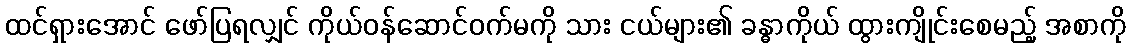
ထင်ရှားအောင် ဖော်ပြရလျှင် ကိုယ်ဝန်ဆောင်ဝက်မကို သား ငယ်များ၏ ခန္ဓာကိုယ် ထွားကျိုင်းစေမည့် အစာကို